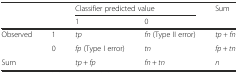
<table><thead><tr><td rowspan="2" colspan="2"></td><td colspan="2"><b>Classifier predicted value</b></td><td rowspan="2"><b>Sum</b></td></tr><tr><td><b>1</b></td><td><b>0</b></td></tr></thead><tbody><tr><td rowspan="2">Observed</td><td>1</td><td><i>tp</i></td><td><i>fn</i> (Type II error)</td><td><i>tp + fn</i></td></tr><tr><td>0</td><td><i>fp</i> (Type I error)</td><td><i>tn</i></td><td><i>fp</i> + <i>tn</i></td></tr><tr><td colspan="2">Sum</td><td><i>tp</i> + <i>fp</i></td><td><i>fn</i> + <i>tn</i></td><td><i>n</i></td></tr></tbody></table>